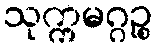
သုက္ကမဂ္ဂဉ္စ